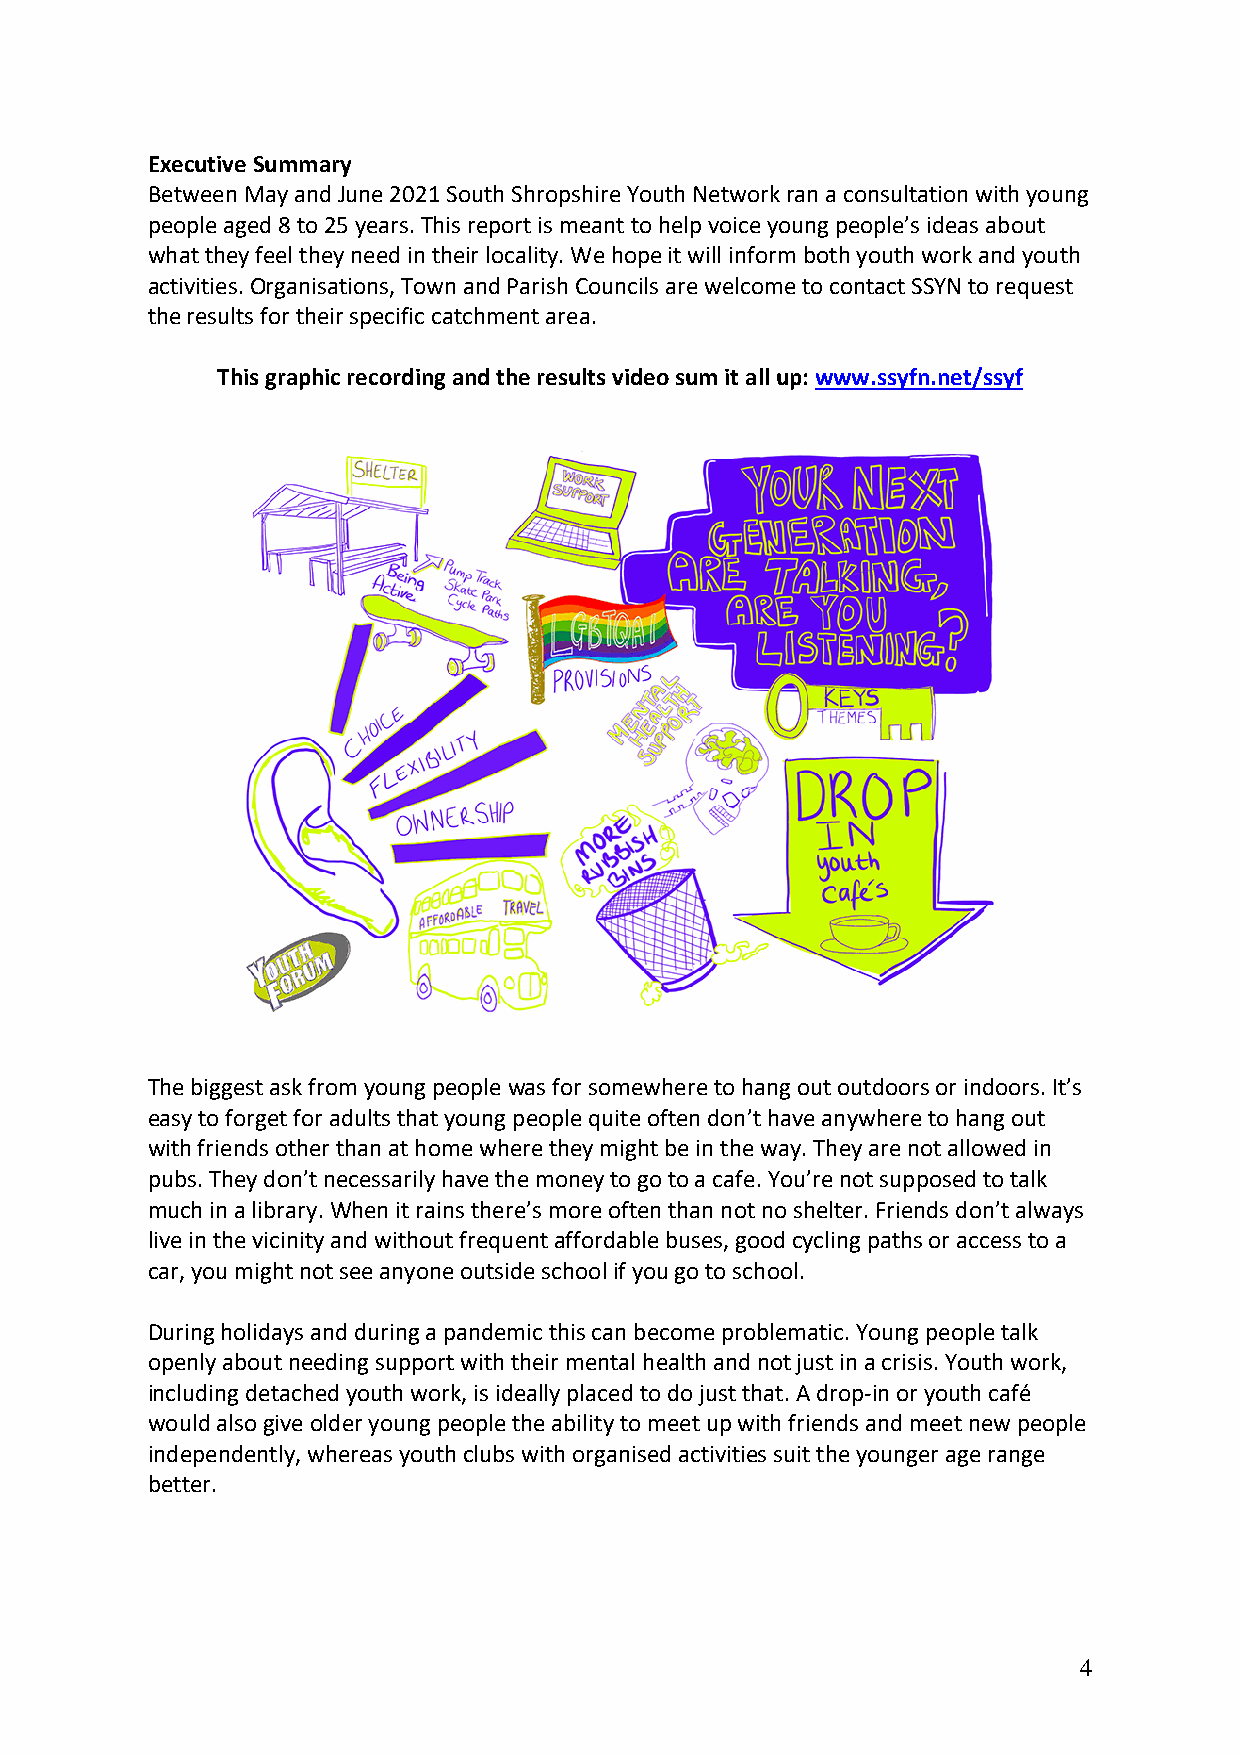
Executive Summary
 Between May and June 2021 South Shropshire Youth Network ran a consultation with young
 people aged 8 to 25 years. This report is meant to help voice young people’s ideas about
 what they feel they need in their locality. We hope it will inform both youth work and youth
 activities. Organisations, Town and Parish Councils are welcome to contact SSYN to request
 the results for their specific catchment area.
 This graphic recording and the results video sum it all up: www.ssyfn.net/ssyf
 The biggest ask from young people was for somewhere to hang out outdoors or indoors. It’s
 easy to forget for adults that young people quite often don’t have anywhere to hang out
 with friends other than at home where they might be in the way. They are not allowed in
 pubs. They don’t necessarily have the money to go to a cafe. You’re not supposed to talk
 much in a library. When it rains there’s more often than not no shelter. Friends don’t always
 live in the vicinity and without frequent affordable buses, good cycling paths or access to a
 car, you might not see anyone outside school if you go to school.
 During holidays and during a pandemic this can become problematic. Young people talk
 openly about needing support with their mental health and not just in a crisis. Youth work,
 including detached youth work, is ideally placed to do just that. A drop-in or youth café
 would also give older young people the ability to meet up with friends and meet new people
 independently, whereas youth clubs with organised activities suit the younger age range
 better.
 4